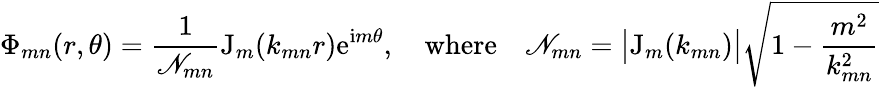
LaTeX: \Phi_{mn}(r,\theta)=\frac{1}{\mathscr{N}_{mn}}\mathrm{J}_{m}(k_{mn}r)\mathrm{e}^{\mathrm{i}m\theta},\quad\mathrm{where}\quad\mathscr{N}_{mn}=\big|\mathrm{J}_{m}(k_{mn})\big|\sqrt{1-\frac{m^{2}}{k_{mn}^{2}}}